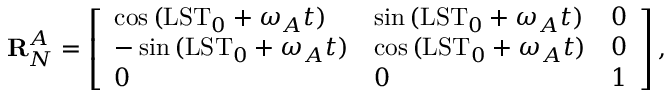
\mathbf { R } _ { N } ^ { A } = \left[ \begin{array} { l l l } { \cos { ( \mathrm { L S T } _ { 0 } + \omega _ { A } t ) } } & { \sin { ( \mathrm { L S T } _ { 0 } + \omega _ { A } t ) } } & { 0 } \\ { - \sin { ( \mathrm { L S T } _ { 0 } + \omega _ { A } t ) } } & { \cos { ( \mathrm { L S T } _ { 0 } + \omega _ { A } t ) } } & { 0 } \\ { 0 } & { 0 } & { 1 } \end{array} \right] ,